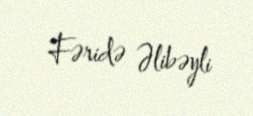
Fəridə Əlibəyli